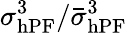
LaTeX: \sigma_{\mathrm{hPF}}^{3}/\bar{\sigma}_{\mathrm{hPF}}^{3}